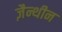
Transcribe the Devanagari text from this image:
ज़ैन्थीन